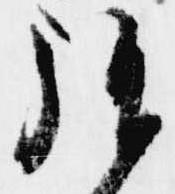
拝